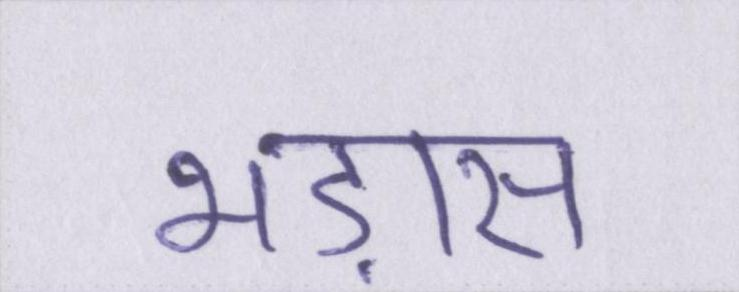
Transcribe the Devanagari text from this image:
भड़ास